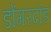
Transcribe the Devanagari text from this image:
डोंगरदांड